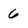
Character: 6